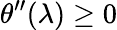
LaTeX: \theta^{\prime\prime}(\lambda)\geq 0